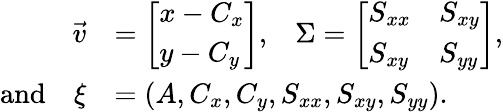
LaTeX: \begin{array}{rl}{\vec{v}}&{=\left[\begin{array}{l}{x-C_{x}}\\ {y-C_{y}}\end{array}\right]\mathrm{,}~~~~\Sigma=\left[\begin{array}{ll}{S_{xx}}&{S_{xy}}\\ {S_{xy}}&{S_{yy}}\end{array}\right]\mathrm{,}}\\ {\mathrm{and}~~~~\xi}&{=(A,C_{x},C_{y},S_{xx},S_{xy},S_{yy}).}\end{array}